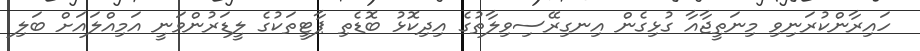
ހައިރާންކުރަނިވި މިނަތީޖާއާ ގުޅިގެން އިނގިރޭސިވިލާތުގެ އިދިކޮޅު ބޮޑެތި ޕާޓީތަކުގެ ލީޑަރުންވަނީ އަމިއްލައަށް ބަލި